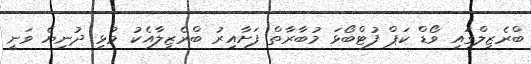
ބްރެޒިލްގައި ވޯޑް ކަޕް ފުޓްބޯޅަ މުބާރާތް ފަށާއިރު ބްރެޒިލާއެކު މުޅި ދުނިޔެ ވަނީ